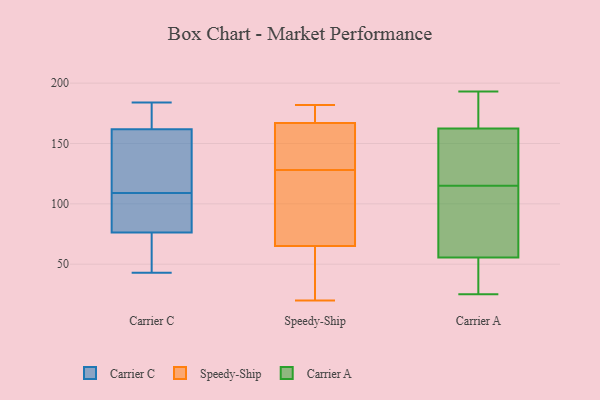
{"axis": {"x": "Temperature (°C)", "y": "Value"}, "legend": ["Carrier A", "Carrier C", "Speedy-Ship"], "data": [{"x": "", "y": 43, "type": "Carrier C"}, {"x": "", "y": 75, "type": "Carrier C"}, {"x": "", "y": 63, "type": "Carrier C"}, {"x": "", "y": 174, "type": "Carrier C"}, {"x": "", "y": 87, "type": "Carrier C"}, {"x": "", "y": 82, "type": "Carrier C"}, {"x": "", "y": 91, "type": "Carrier C"}, {"x": "", "y": 179, "type": "Carrier C"}, {"x": "", "y": 46, "type": "Carrier C"}, {"x": "", "y": 138, "type": "Carrier C"}, {"x": "", "y": 49, "type": "Carrier C"}, {"x": "", "y": 146, "type": "Carrier C"}, {"x": "", "y": 138, "type": "Carrier C"}, {"x": "", "y": 109, "type": "Carrier C"}, {"x": "", "y": 80, "type": "Carrier C"}, {"x": "", "y": 184, "type": "Carrier C"}, {"x": "", "y": 142, "type": "Carrier C"}, {"x": "", "y": 179, "type": "Carrier C"}, {"x": "", "y": 167, "type": "Carrier C"}, {"x": "", "y": 95, "type": "Speedy-Ship"}, {"x": "", "y": 44, "type": "Speedy-Ship"}, {"x": "", "y": 166, "type": "Speedy-Ship"}, {"x": "", "y": 167, "type": "Speedy-Ship"}, {"x": "", "y": 45, "type": "Speedy-Ship"}, {"x": "", "y": 20, "type": "Speedy-Ship"}, {"x": "", "y": 148, "type": "Speedy-Ship"}, {"x": "", "y": 141, "type": "Speedy-Ship"}, {"x": "", "y": 65, "type": "Speedy-Ship"}, {"x": "", "y": 181, "type": "Speedy-Ship"}, {"x": "", "y": 179, "type": "Speedy-Ship"}, {"x": "", "y": 115, "type": "Speedy-Ship"}, {"x": "", "y": 97, "type": "Speedy-Ship"}, {"x": "", "y": 182, "type": "Speedy-Ship"}, {"x": "", "y": 171, "type": "Carrier A"}, {"x": "", "y": 117, "type": "Carrier A"}, {"x": "", "y": 60, "type": "Carrier A"}, {"x": "", "y": 154, "type": "Carrier A"}, {"x": "", "y": 193, "type": "Carrier A"}, {"x": "", "y": 25, "type": "Carrier A"}, {"x": "", "y": 51, "type": "Carrier A"}, {"x": "", "y": 136, "type": "Carrier A"}, {"x": "", "y": 44, "type": "Carrier A"}, {"x": "", "y": 180, "type": "Carrier A"}, {"x": "", "y": 98, "type": "Carrier A"}, {"x": "", "y": 101, "type": "Carrier A"}, {"x": "", "y": 47, "type": "Carrier A"}, {"x": "", "y": 131, "type": "Carrier A"}, {"x": "", "y": 173, "type": "Carrier A"}, {"x": "", "y": 113, "type": "Carrier A"}]}